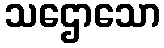
သဌောသော